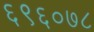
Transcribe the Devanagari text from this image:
६९६०७८